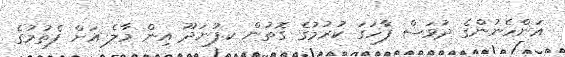
އަންހެނުންގެ ދުވަސް ފާހަގަ ކުރުމުގެ ގޮތުން ކ.ފުނަދޫ އިން މާލެ އަށް ފެތުމުގެ